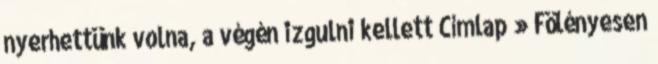
nyerhettünk volna, a végén izgulni kellett Címlap » Fölényesen